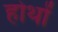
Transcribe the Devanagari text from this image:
होथों